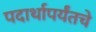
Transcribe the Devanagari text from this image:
पदार्थापर्यंतचे